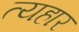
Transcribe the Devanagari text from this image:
त्यहार